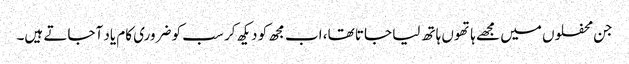
جن محفلوں میں مجھے ہاتھوں ہاتھ لیا جاتا تھا، اب مجھ کو دیکھ کر سب کو ضروری کام یاد آجاتے ہیں۔